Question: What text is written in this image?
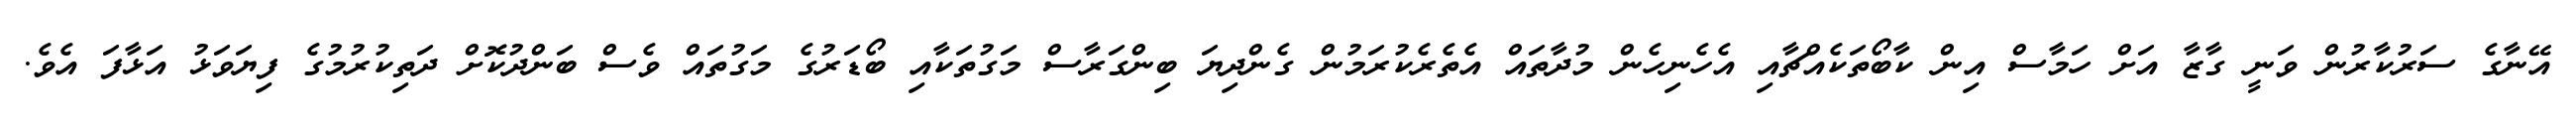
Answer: އޭނާގެ ސަރުކާރުން ވަނީ ގާޒާ އަށް ހަމާސް އިން ކާބޯތަކެއްޗާއި އެހެނިހެން މުދާތައް އެތެރެކުރަމުން ގެންދިޔަ ބިންގަރާސް މަގުތަކާއި ބޯޑަރުގެ މަގުތައް ވެސް ބަންދުކޮށް ދަތިކުރުމުގެ ފިޔަވަޅު އަޅާފަ އެވެ.